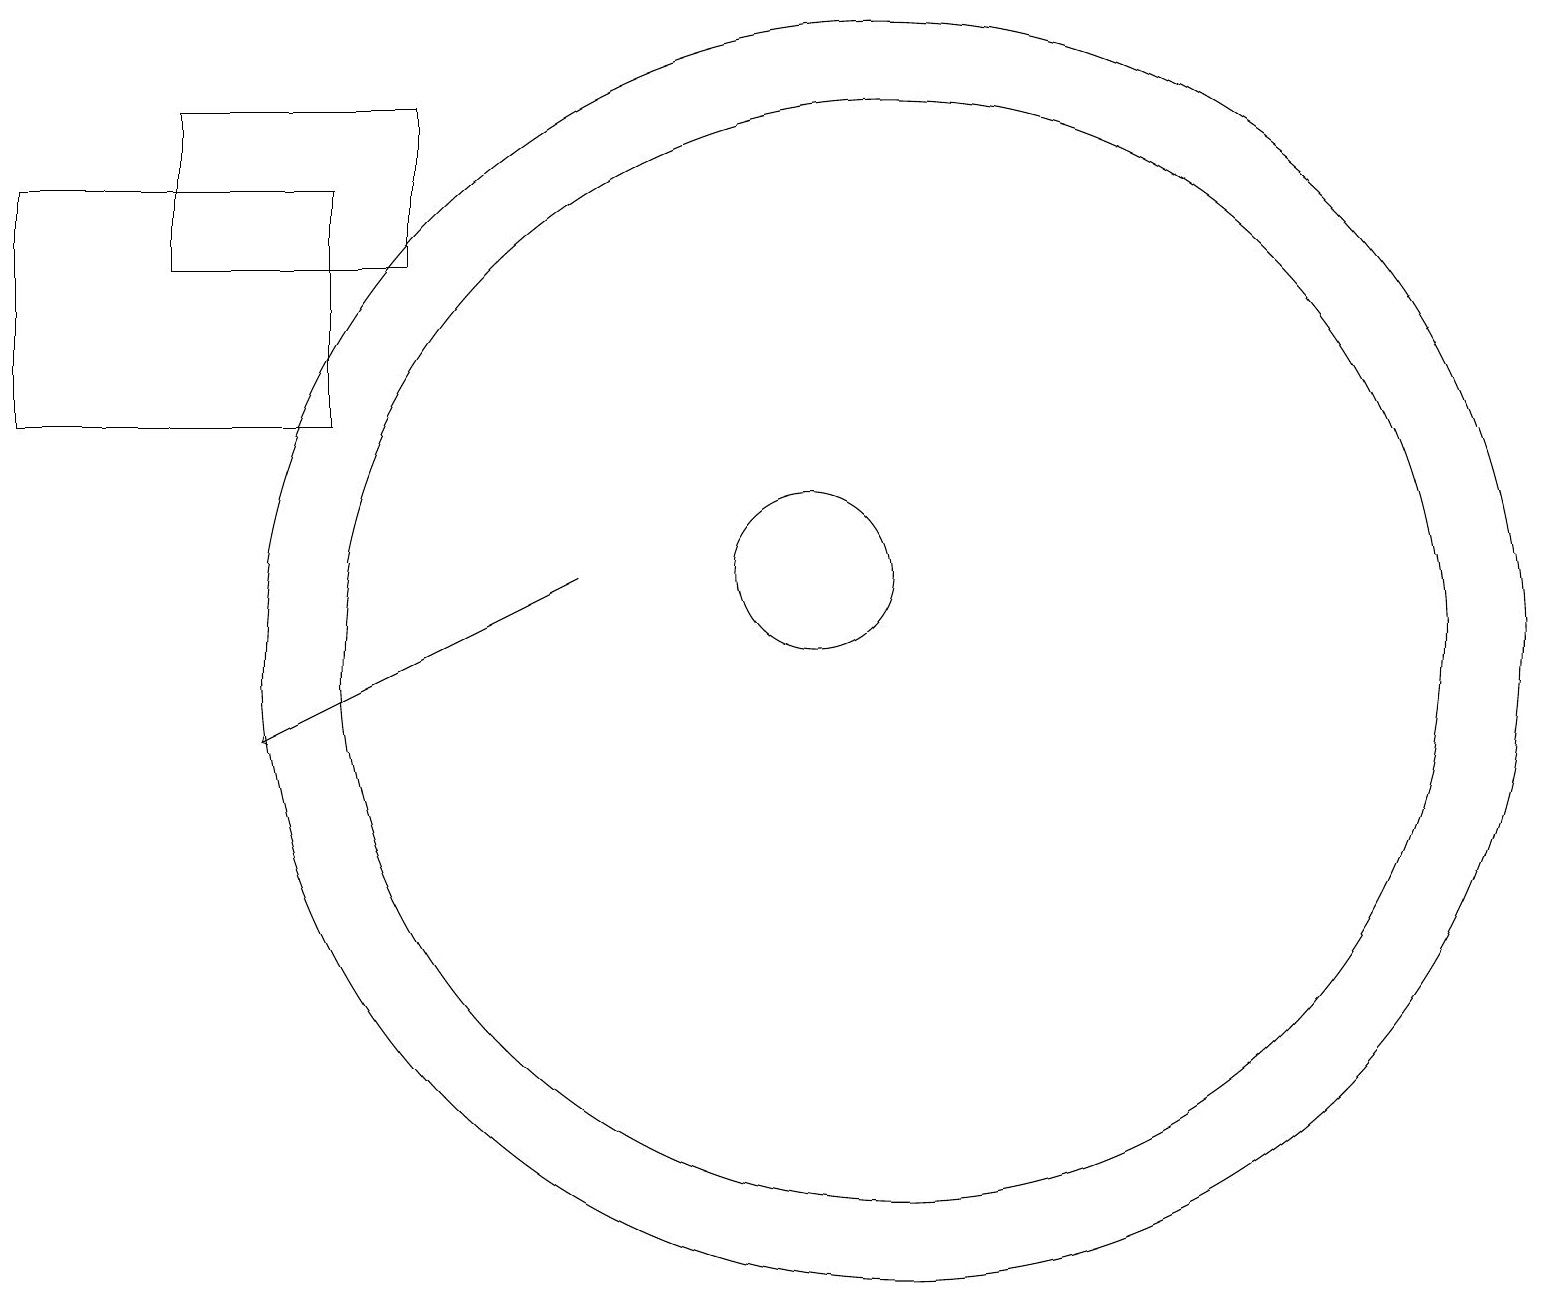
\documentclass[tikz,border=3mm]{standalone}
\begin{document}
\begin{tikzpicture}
\draw (12,11) circle (7);
\draw (11,12) circle (1);
\draw (1,17) rectangle (5,14);
\draw[->] (8,12) -- (4,10);
\draw (12,11) circle (8);
\draw (6,16) rectangle (3,18);
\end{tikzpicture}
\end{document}